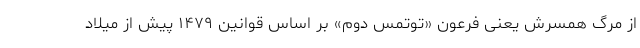
از مرگ همسرش یعنی فرعون «توتمس دوم» بر اساس قوانین ۱۴۷۹ پیش از میلاد